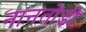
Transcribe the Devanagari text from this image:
नानतोड़ी